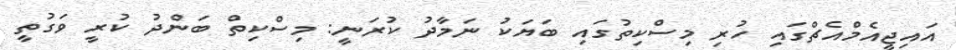
އައިޖީއެމްއެޗްގައި ހުރި މިސްކިތުގައި ބަޔަކު ނަމާދު ކުރަނީ: މިސްކިތް ބަންދު ކުރީ ވަގުތީ